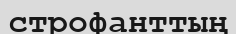
строфанттың